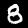
Digit: 8